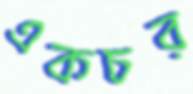
একচর